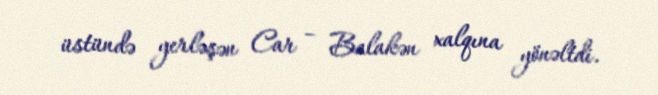
üstündə yerləşən Car – Balakən xalqına yönəltdi.